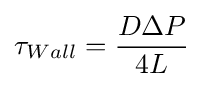
\tau _{Wall}={\frac {D\Delta P}{4L}}